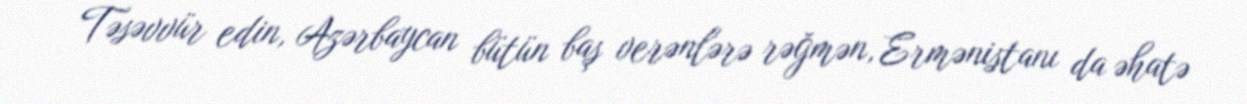
Təsəvvür edin, Azərbaycan bütün baş verənlərə rəğmən, Ermənistanı da əhatə